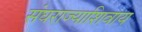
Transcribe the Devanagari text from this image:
संघराज्याशिवाय